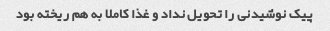
پیک نوشیدنی را تحویل نداد و غذا کاملا به هم ریخته بود